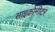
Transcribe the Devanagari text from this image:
साइक्रोमीटर